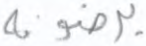
يرضونه